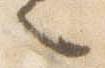
言